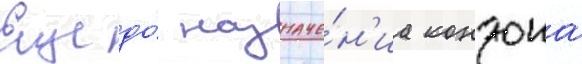
Еще до́ назначе́н'иа кондона